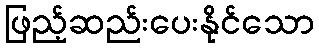
ဖြည့်ဆည်းပေးနိုင်သော